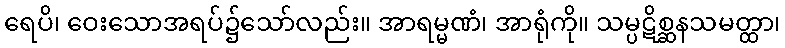
ရေပိ၊ ဝေးသောအရပ်၌သော်လည်း။ အာရမ္မဏံ၊ အာရုံကို။ သမ္ပဋိစ္ဆနသမတ္ထာ၊